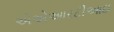
એએઆરટીઆઇ